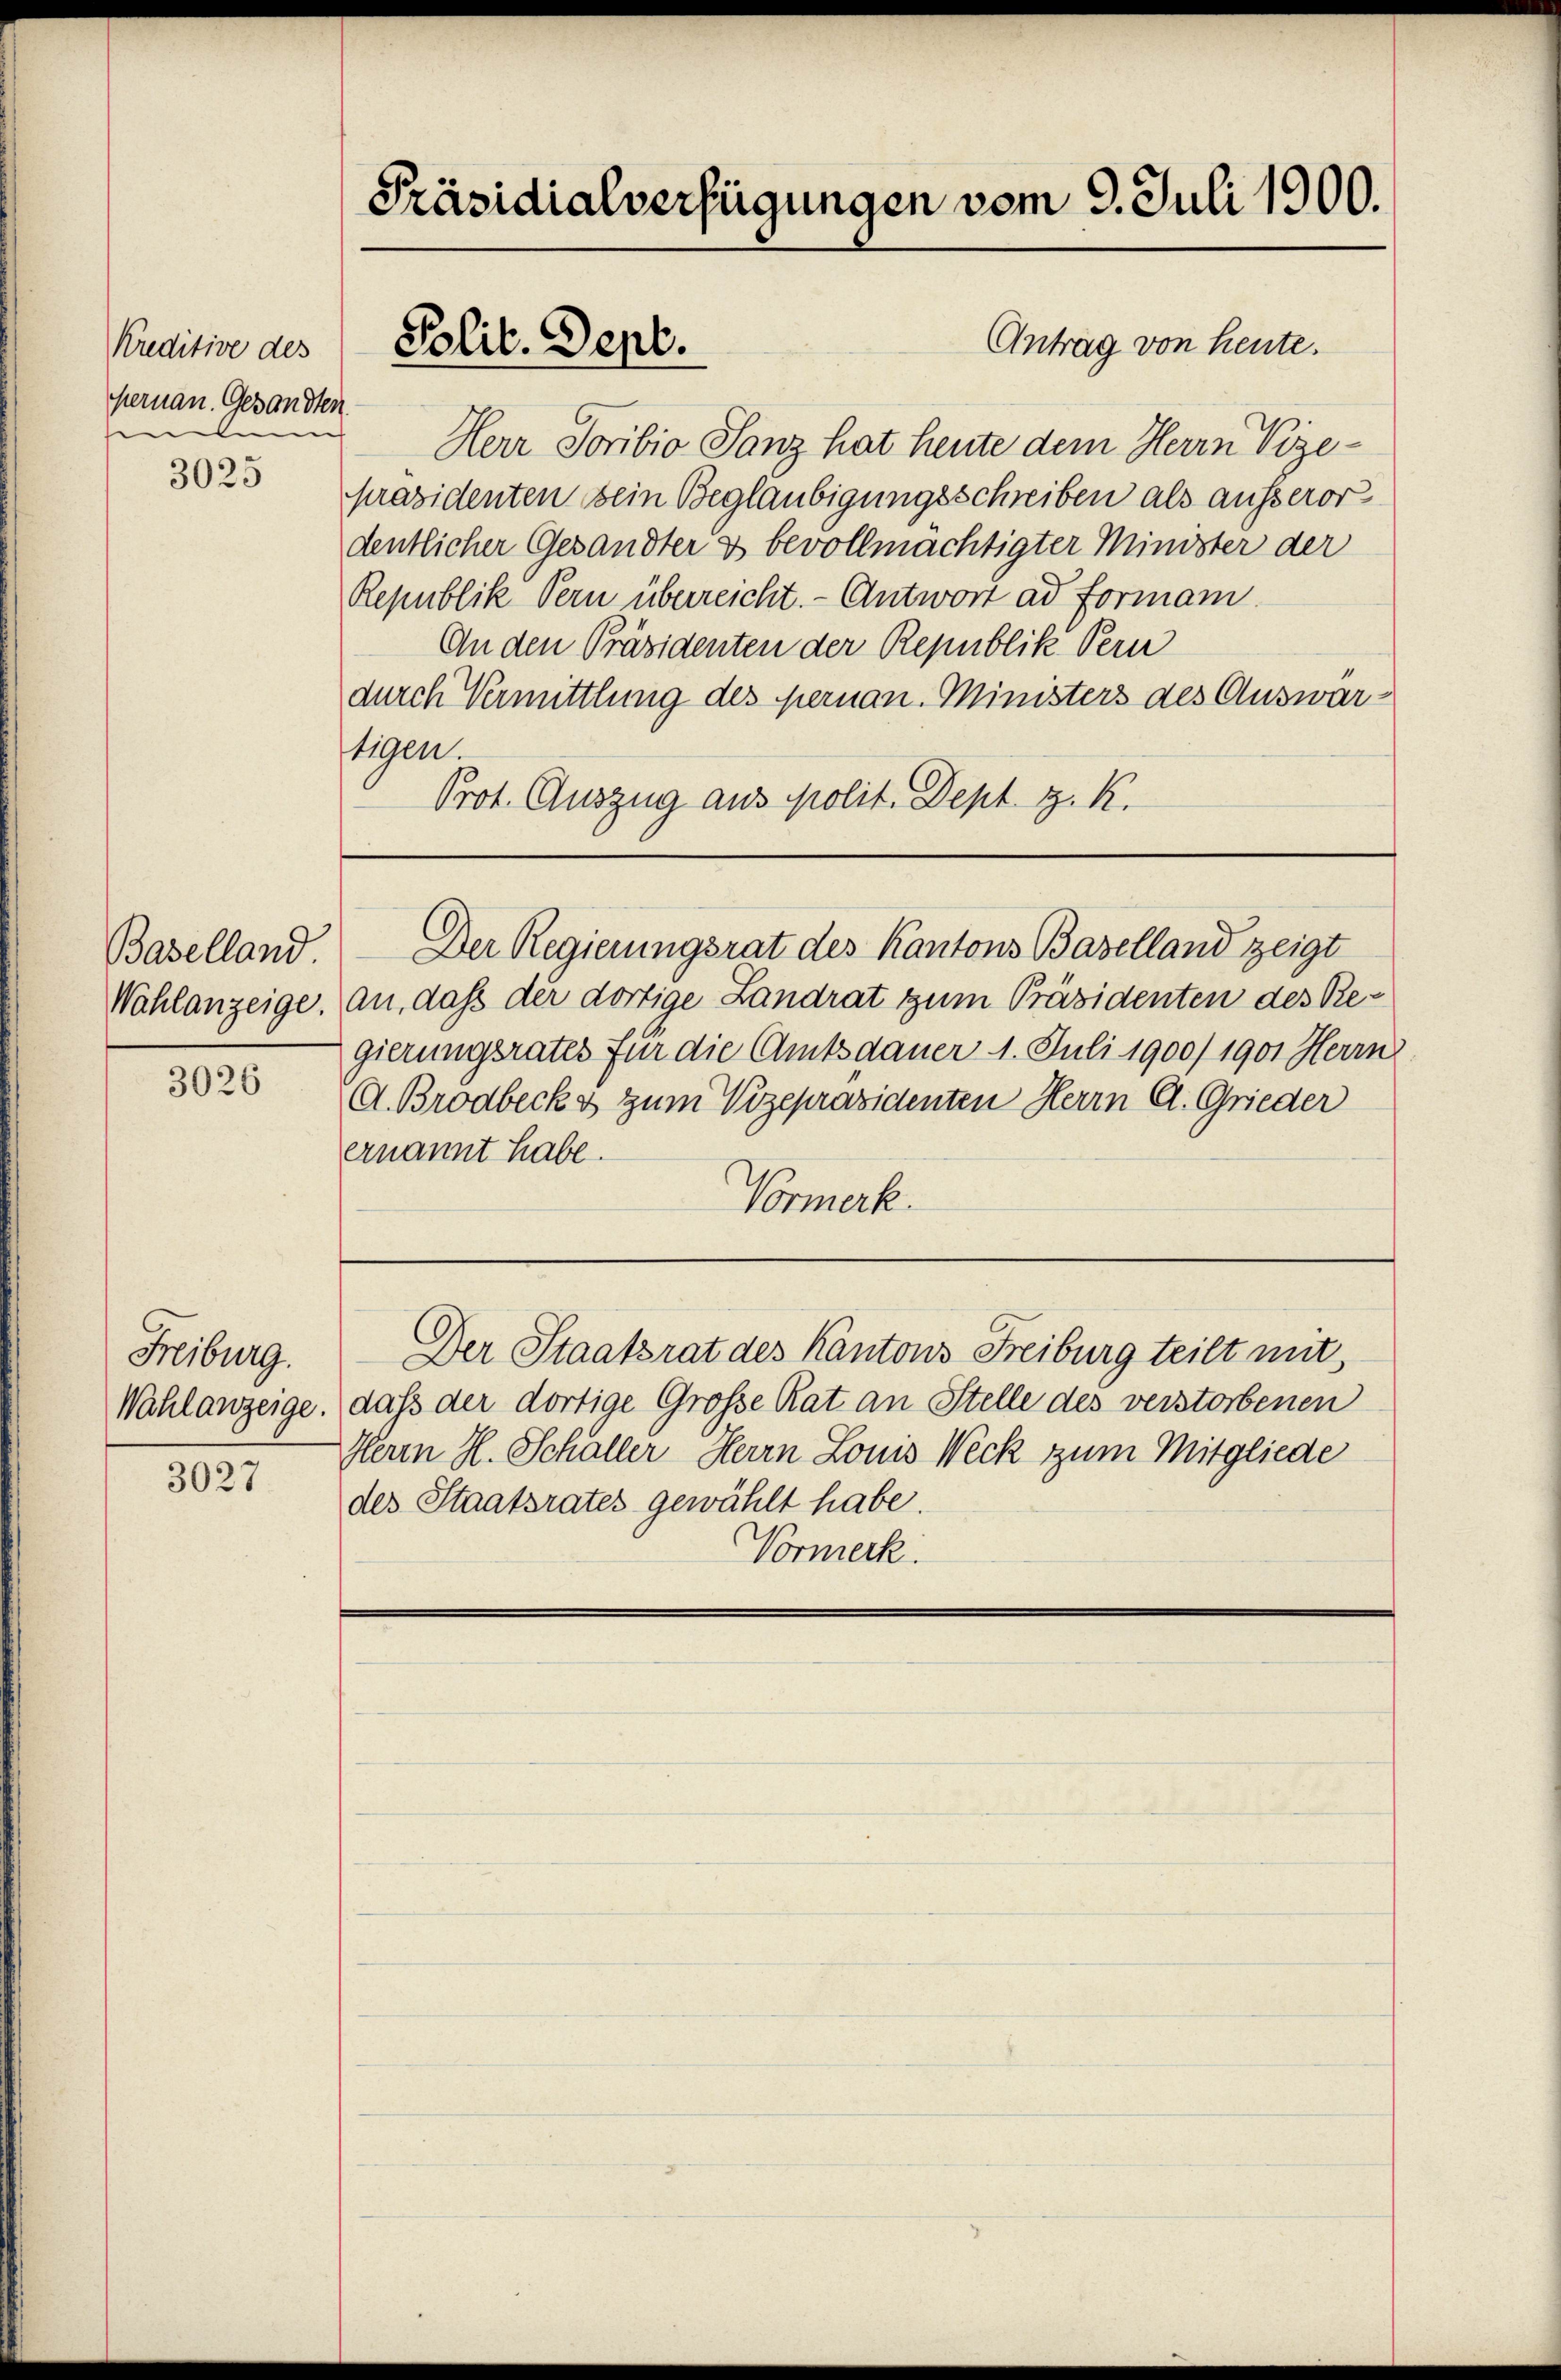
Kreditive des
Hernan. Gesandten
e
d

3025

Baselland
Wahlanzeige.

3026

Freiburg.

3027

Präsidialverfügungen vom 9. Juli 1900.

Polit. Sept.

Antrag von heute.
Herr Soribio Sanz hat heute dem Herrn Vize-
präsidenten sein Beglaubigungsschreiben als äusseror
dentlicher Gesandter & bevollmächtigter Minister der
Republik Bern überreicht. - Antwort ad Formani
An den Präsidenten der Republik Vern
durch Vermittlung des pernan. Ministers des Auswartigen
Prot. Auszug aus polit. Dept. H. K.

an, daß der dortige Landrat zum Präsidenten des Regierungsrates für die Amtsdauer 1. Juli 1900/1901 Herrn
A. Brodbeck & zum Vizepräsidenten Herrn A. Grieder
ernannt habe.
Vormerk.

Der Regierungsrat des Kantons Baselland zeigt

Wahlanzeige, dass der dortige Große Rat an Stelle des verstorbenen
Herrn H. Schaller Herrn Louis Weck zum Mitgliede
des Staatsrates gewählt habe.
Vormerk.

Der Staatsrat des Kantons Freiburg teilt mit